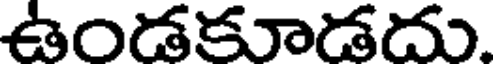
ఉండకూడదు.